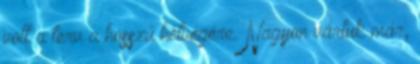
volt a terv a hosszú hétvégére. Nagyon vártuk már,